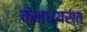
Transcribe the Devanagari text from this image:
केमध्यस्त